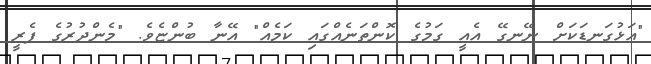
"އަޅުގަނޑަކަށް ނޭނގޭ އެއީ ގަމުގެ ކޮންތަނެއްގައި ކަމެއް" އޭނާ ބުންޏެވެ. "މެންދުރުގެ ފެރީ